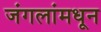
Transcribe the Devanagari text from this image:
जंगलांमधून